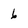
Character: 6